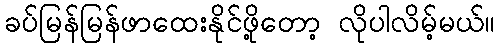
ခပ်မြန်မြန်ဖာထေးနိုင်ဖို့တော့ လိုပါလိမ့်မယ်။